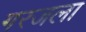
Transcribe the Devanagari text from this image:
गरजला